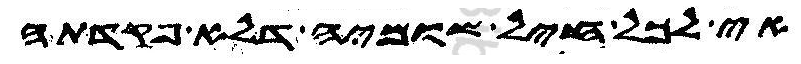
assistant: אי לכל חיל שומיה דלא פקדתה